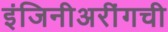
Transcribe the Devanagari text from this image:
इंजिनीअरींगची